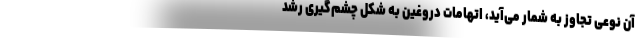
آن نوعی تجاوز به شمار می‌آید، اتهامات دروغین به شکل چشم‌گیری رشد